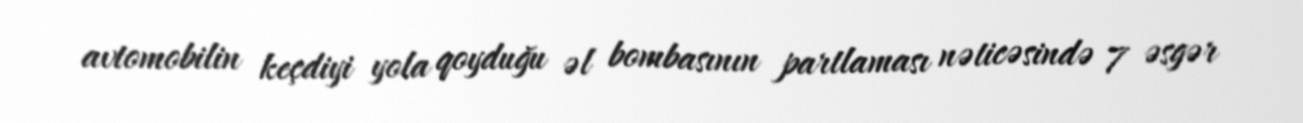
avtomobilin keçdiyi yola qoyduğu əl bombasının partlaması nəticəsində 7 əsgər